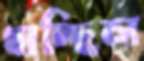
ধাচ্ছিল